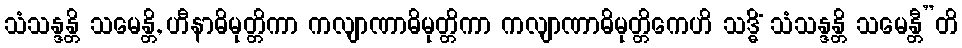
သံသန္ဒန္တိ သမေန္တိ, ဟီနာဓိမုတ္တိကာ ကလျာဏာဓိမုတ္တိကာ ကလျာဏာဓိမုတ္တိကေဟိ သဒ္ဓိံ သံသန္ဒန္တိ သမေန္တီ”တိ